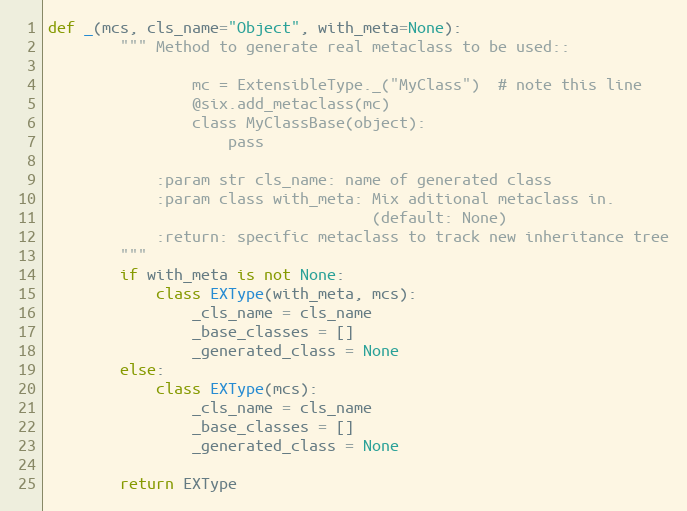
Language: Python
def _(mcs, cls_name="Object", with_meta=None):
        """ Method to generate real metaclass to be used::

                mc = ExtensibleType._("MyClass")  # note this line
                @six.add_metaclass(mc)
                class MyClassBase(object):
                    pass

            :param str cls_name: name of generated class
            :param class with_meta: Mix aditional metaclass in.
                                    (default: None)
            :return: specific metaclass to track new inheritance tree
        """
        if with_meta is not None:
            class EXType(with_meta, mcs):
                _cls_name = cls_name
                _base_classes = []
                _generated_class = None
        else:
            class EXType(mcs):
                _cls_name = cls_name
                _base_classes = []
                _generated_class = None

        return EXType